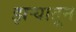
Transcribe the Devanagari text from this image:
झऱ्यातून